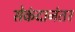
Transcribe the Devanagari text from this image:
सेकंदानंतर